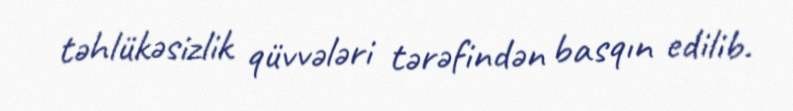
təhlükəsizlik qüvvələri tərəfindən basqın edilib.